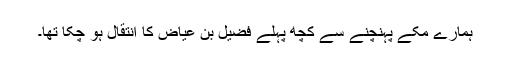
ہمارے مکے پہنچنے سے کچھ پہلے فضیل بن عیاض کا انتقال ہو چکا تھا۔